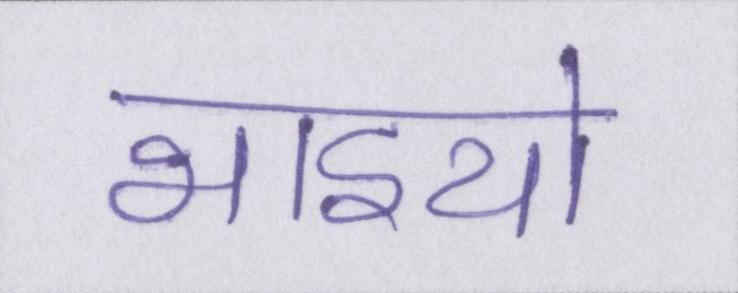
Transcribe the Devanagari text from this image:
भाइयो